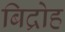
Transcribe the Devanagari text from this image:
बिद्रोह